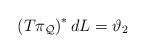
LaTeX: \begin{align*}\left( T\pi _{\mathcal{Q}}\right) ^{\ast }dL=\vartheta _{2}\end{align*}